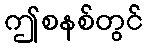
ဤစနစ်တွင်